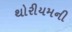
થોરીયમની